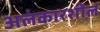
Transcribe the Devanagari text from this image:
अलंकारशील